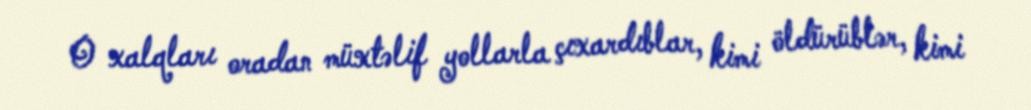
O xalqları oradan müxtəlif yollarla çıxardıblar, kimi öldürüblər, kimi